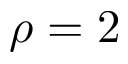
\rho = 2